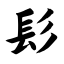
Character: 髟